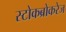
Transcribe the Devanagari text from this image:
स्टोकब्रोकरेज